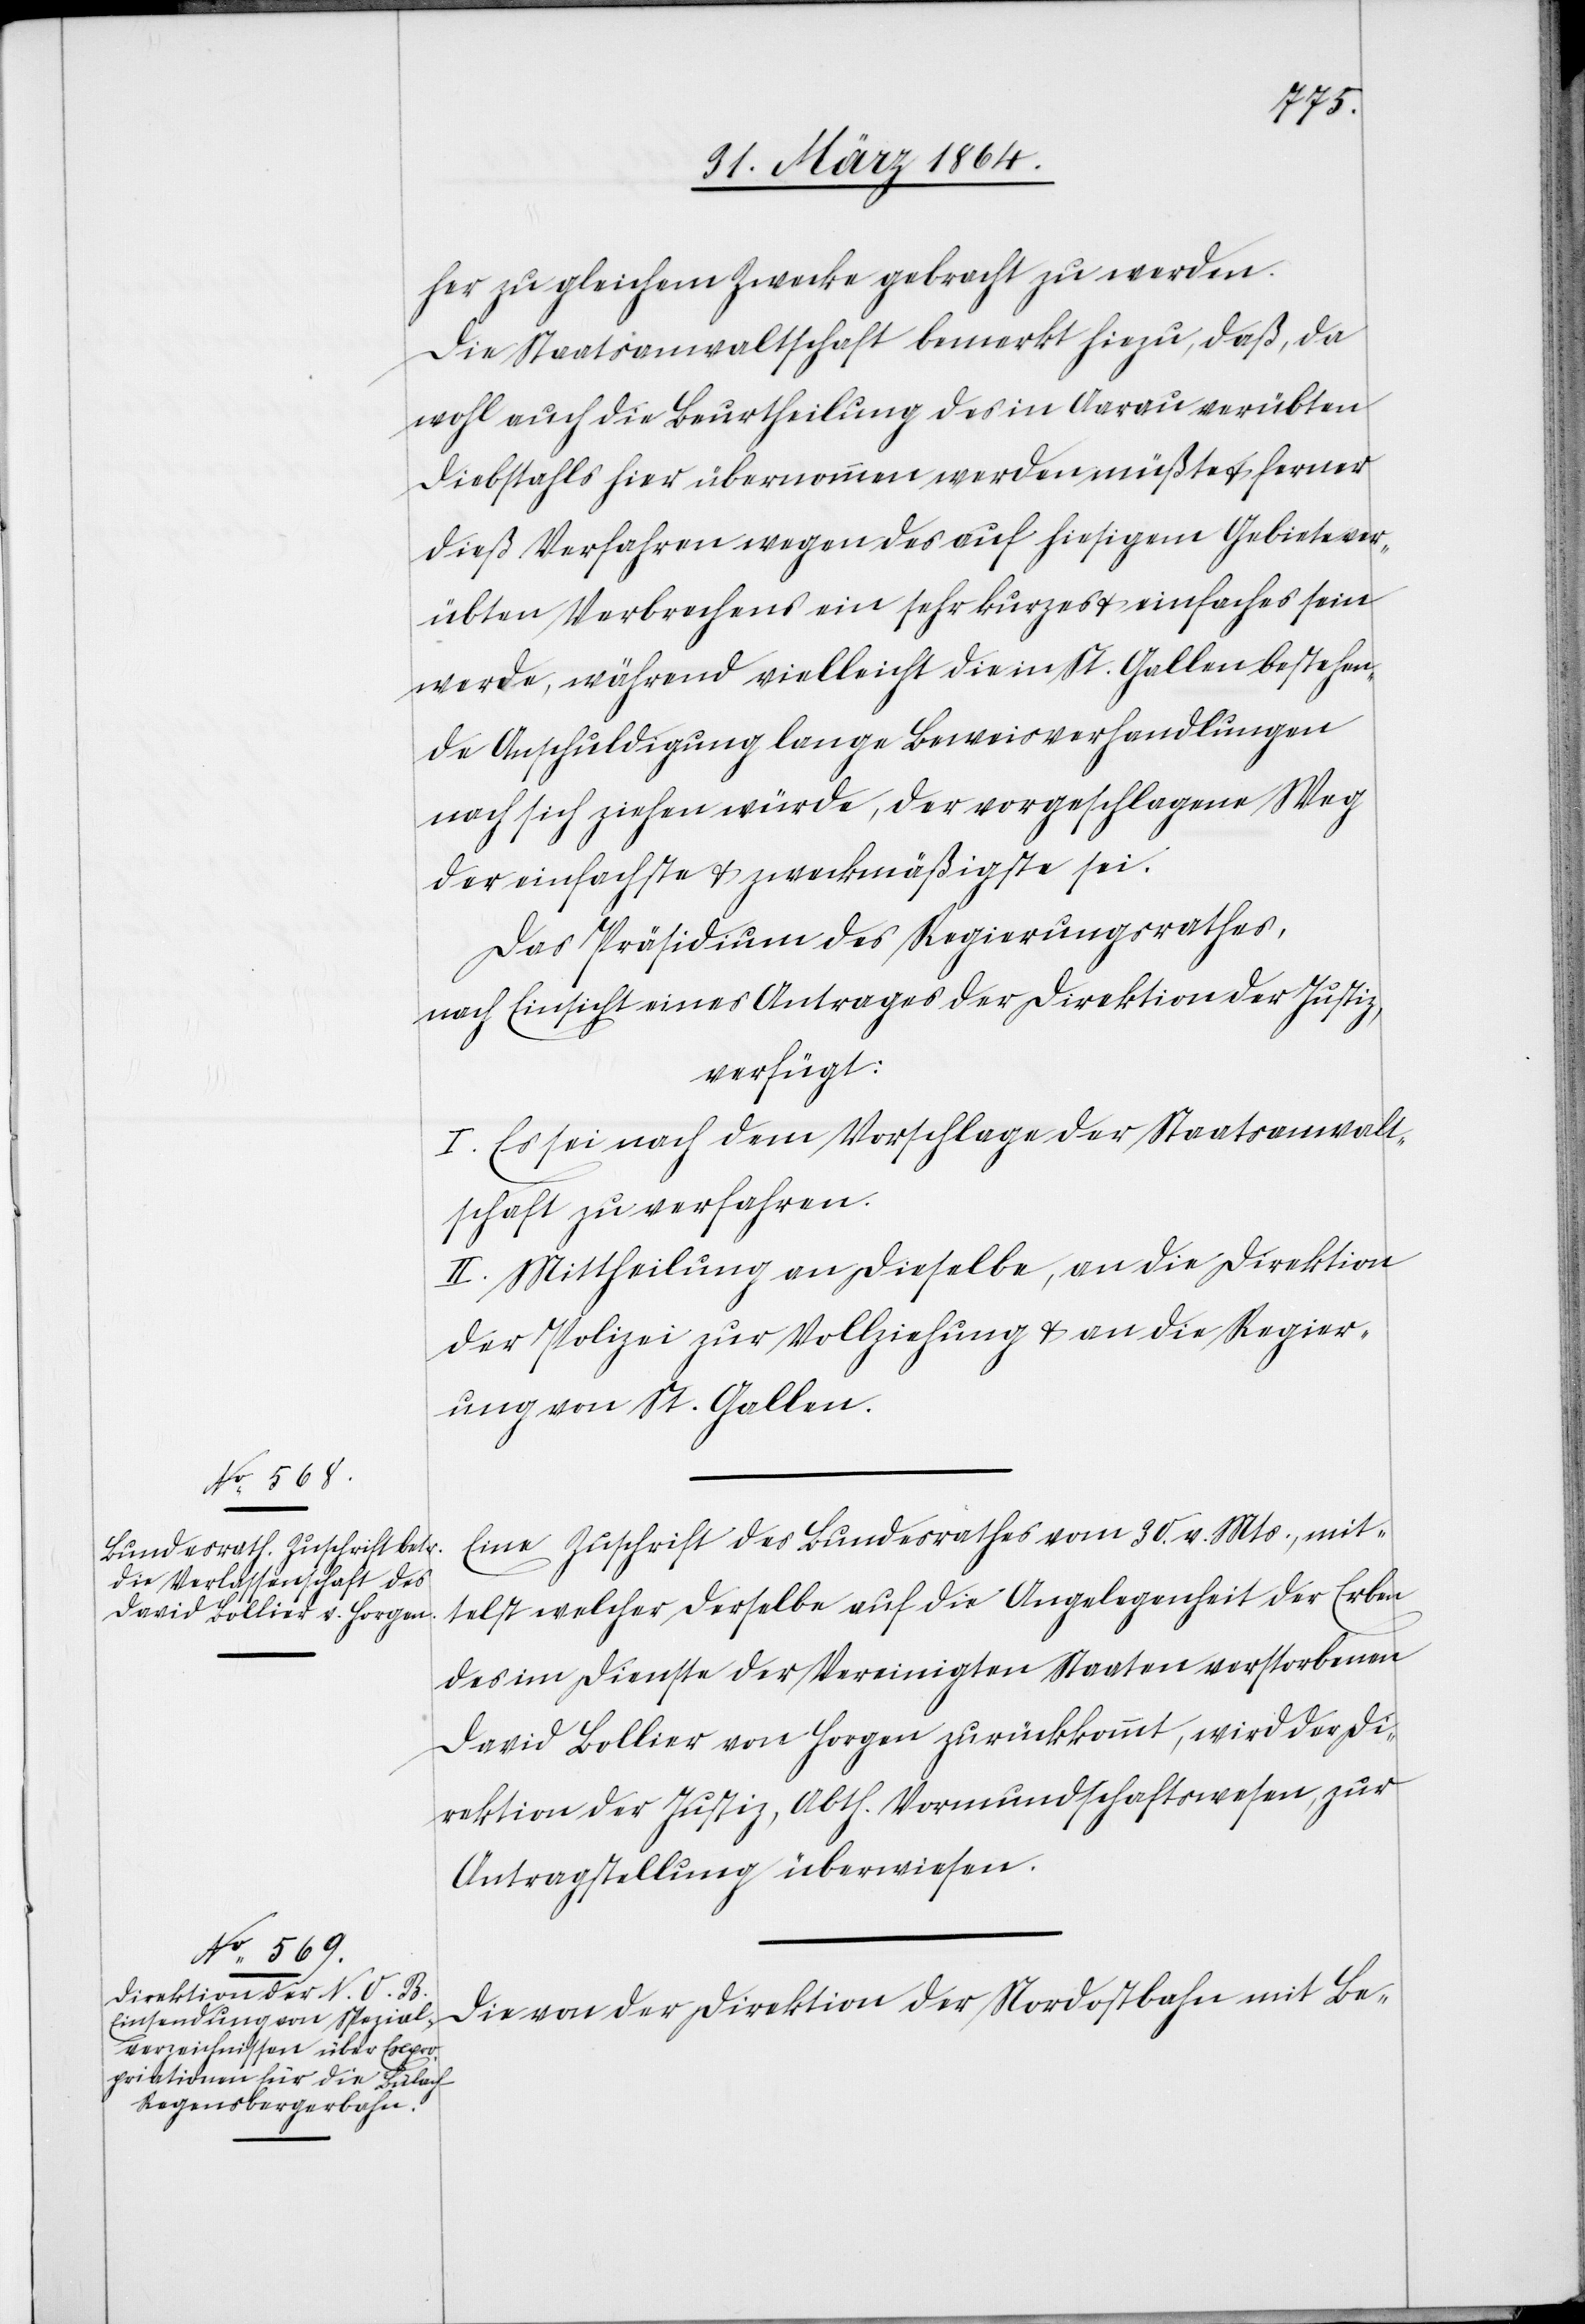
her zu gleichem Zwecke gebracht zu werden.
Die Staatsanwaltschaft bemerkt hiezu, daß, da
wohl auch die Beurtheilung des in Aarau verübten
Diebstahls hier übernommen werden müßte u. ferner
dieß Verfahren wegen des auf hiesigem Gebiete ver¬
übten Verbrechens ein sehr kurzes u. einfaches sein
werde, während vielleicht die in St. Gallen bestehen¬
de Anschuldigung lange Beweisverhandlungen
nach sich ziehen würde, der vorgeschlagene Weg
der einfachste u. zweckmäßigste sei.
Das Präsidium des Regierungsrathes,
nach Einsicht eines Antrages der Direktion der Justiz,
verfügt:
I. Es sei nach dem Vorschlage der Staatsanwalt¬
schaft zu verfahren.
II. Mittheilung an dieselbe, an die Direktion
der Polizei zur Vollziehung u. an die Regier¬
ung von St. Gallen.
Eine Zuschrift des Bundesrathes vom 30. v. Mts., mit¬
telst welcher derselbe auf die Angelegenheit der Erben
des im Dienste der Vereinigten Staaten verstorbenen
David Bollier von Horgen zurückkommt, wird der Di¬
rektion der Justiz, Abth. Vormundschaftswesen, zur
Antragstellung überwiesen.
Die von der Direktion der Nordostbahn mit Be-